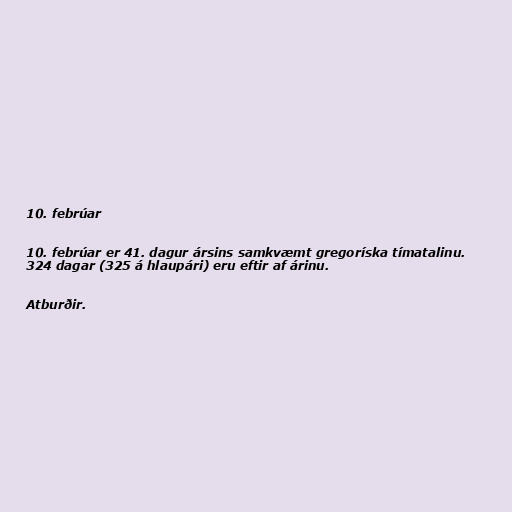
10. febrúar

10. febrúar er 41. dagur ársins samkvæmt gregoríska tímatalinu.
324 dagar (325 á hlaupári) eru eftir af árinu.

Atburðir.